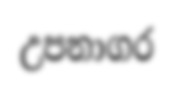
උපනාගර